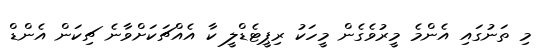
މި ތަނުގައި އެންމެ މީރުވެގެން މީހަކު ރިޕީޓެޑްލީ ކާ އެއްޗަކަށްވާނެ ޗިކަން އެންޑް